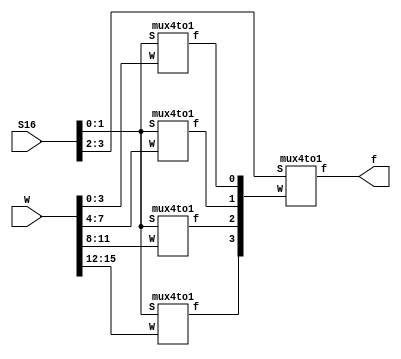
/* Pg 325 - 16 to 1 multiplexer */

module bm_DL_16_1_mux (W, S16, f);
	input [15:0] W;
	input [3:0] S16;
	output f;
	wire [3:0] M;

	mux4to1 Mux1 (W[3:0], S16[1:0], M[0]);
	mux4to1 Mux2 (W[7:4], S16[1:0], M[1]);
	mux4to1 Mux3 (W[11:8], S16[1:0], M[2]);
	mux4to1 Mux4 (W[15:12], S16[1:0], M[3]);
	mux4to1 Mux5 (M[3:0], S16[3:2], f);
		 
endmodule

module mux4to1 (W, S, f);
	input [3:0] W;
	input [1:0] S;
	output f;
	reg f;
	
	always @(W or S)
		if (S == 2'b00)
			f = W[0];
		else if (S == 2'b01)
			f = W[1];
		else if (S == 2'b10)
			f = W[2];
		else if (S == 2'b11)
			f = W[3];
		
endmodule